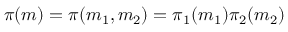
\pi ( m ) = \pi ( m _ { 1 } , m _ { 2 } ) = \pi _ { 1 } ( m _ { 1 } ) \pi _ { 2 } ( m _ { 2 } )